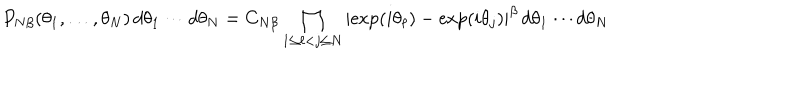
P _ { N \beta } ( \theta _ { 1 } , \ldots , \theta _ { N } ) \, d \theta _ { 1 } \cdots d \theta _ { N } = C _ { N \beta } \prod _ { 1 \leq \ell < j \leq N } \left\vert \exp ( i \theta _ { \ell } ) - \exp ( i \theta _ { j } ) \right\vert ^ { \beta } \, d \theta _ { 1 } \cdots d \theta _ { N }